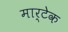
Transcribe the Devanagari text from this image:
मार्टेक